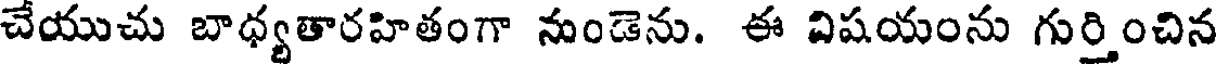
చేయుచు బాధ్యతారహితంగా నుండెను. ఈ విషయంను గుర్తించిన